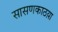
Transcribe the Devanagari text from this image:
सासणकाठय़ा